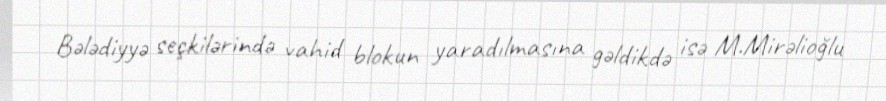
Bələdiyyə seçkilərində vahid blokun yaradılmasına gəldikdə isə M.Mirəlioğlu